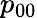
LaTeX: p_{00}